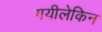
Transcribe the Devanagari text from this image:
गयीलेकिन